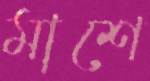
মাশে